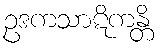
ဥဒကသာဋိကန္တိ